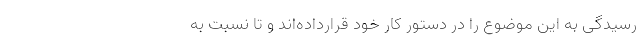
رسیدگی به این موضوع را در دستور کار خود قرارداده‌اند و تا نسبت به